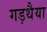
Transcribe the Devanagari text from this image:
गड़थैया